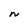
Character: N